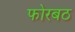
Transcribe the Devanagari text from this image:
फोरबठ